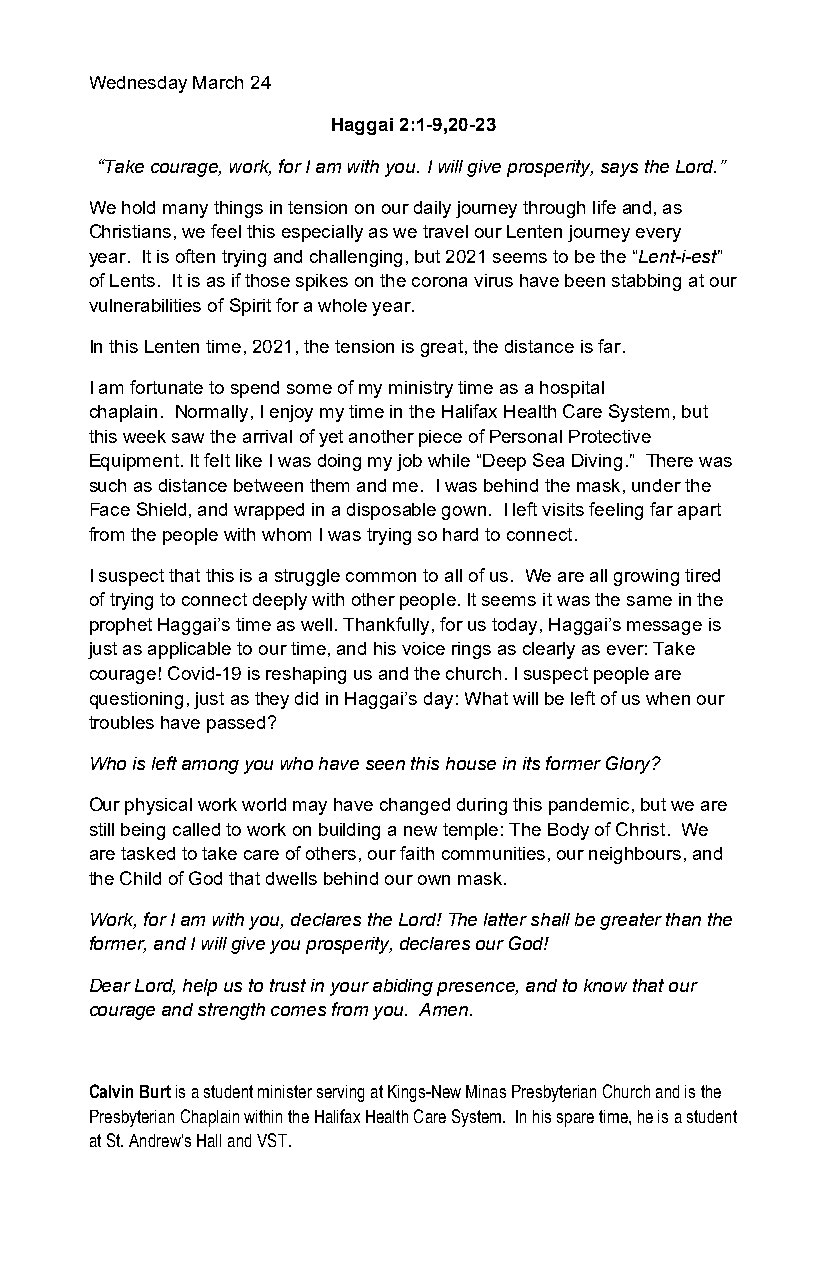
Wednesday March 24
 Haggai 2:1-9,20-23
 “Take courage, work, for I am with you. I will give prosperity, says the Lord.”
 We hold many things in tension on our daily journey through life and, as
 Christians, we feel this especially as we travel our Lenten journey every
 year. It is often trying and challenging, but 2021 seems to be the “Lent-i-est”
 of Lents. It is as if those spikes on the corona virus have been stabbing at our
 vulnerabilities of Spirit for a whole year.
 In this Lenten time, 2021, the tension is great, the distance is far.
 I am fortunate to spend some of my ministry time as a hospital
 chaplain. Normally, I enjoy my time in the Halifax Health Care System, but
 this week saw the arrival of yet another piece of Personal Protective
 Equipment. It felt like I was doing my job while “Deep Sea Diving.” There was
 such as distance between them and me. I was behind the mask, under the
 Face Shield, and wrapped in a disposable gown. I left visits feeling far apart
 from the people with whom I was trying so hard to connect.
 I suspect that this is a struggle common to all of us. We are all growing tired
 of trying to connect deeply with other people. It seems it was the same in the
 prophet Haggai’s time as well. Thankfully, for us today, Haggai’s message is
 just as applicable to our time, and his voice rings as clearly as ever: Take
 courage! Covid-19 is reshaping us and the church. I suspect people are
 questioning, just as they did in Haggai’s day: What will be left of us when our
 troubles have passed?
 Who is left among you who have seen this house in its former Glory?
 Our physical work world may have changed during this pandemic, but we are
 still being called to work on building a new temple: The Body of Christ. We
 are tasked to take care of others, our faith communities, our neighbours, and
 the Child of God that dwells behind our own mask.
 Work, for I am with you, declares the Lord! The latter shall be greater than the
 former, and I will give you prosperity, declares our God!
 Dear Lord, help us to trust in your abiding presence, and to know that our
 courage and strength comes from you. Amen.
 Calvin Burt is a student minister serving at Kings-New Minas Presbyterian Church and is the
 Presbyterian Chaplain within the Halifax Health Care System. In his spare time, he is a student
 at St. Andrew’s Hall and VST.